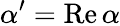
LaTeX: \alpha^{\prime}=\operatorname{{\mathrm Re}}\alpha